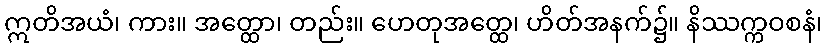
ဣတိအယံ၊ ကား။ အတ္ထော၊ တည်း။ ဟေတုအတ္ထေ၊ ဟိတ်အနက်၌။ နိဿက္ကဝစနံ၊